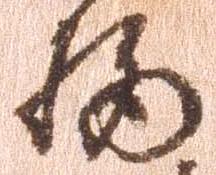
柄